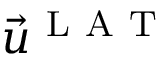
\vec { u } ^ { \mathrm { ~ L ~ A ~ T ~ } }